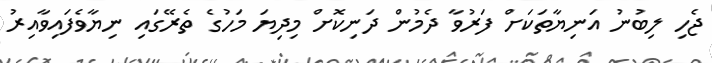
ޖެހި ލިބުނު އަނިޔާތަކަށް ފަރުވާ ދެމުން ދަނިކޮށް މިދިޔަ މަހުގެ ތެރޭގައި ނިޔާވެފައިވާއިރު